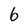
Character: 6